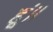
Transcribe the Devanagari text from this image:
हूं।।